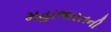
મહાભારતની